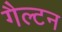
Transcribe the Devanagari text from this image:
गैल्टन